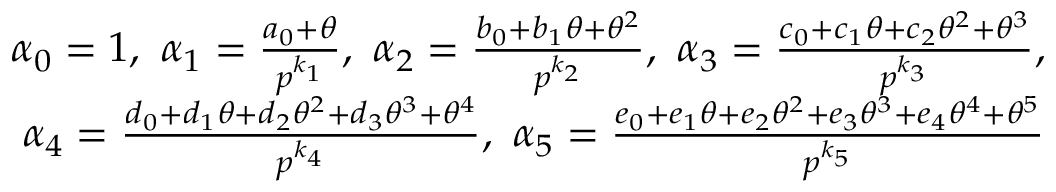
\begin{array} { r } { \alpha _ { 0 } = 1 , ~ \alpha _ { 1 } = \frac { a _ { 0 } + \theta } { p ^ { k _ { 1 } } } , ~ \alpha _ { 2 } = \frac { b _ { 0 } + b _ { 1 } \theta + \theta ^ { 2 } } { p ^ { k _ { 2 } } } , ~ \alpha _ { 3 } = \frac { c _ { 0 } + c _ { 1 } \theta + c _ { 2 } \theta ^ { 2 } + \theta ^ { 3 } } { p ^ { k _ { 3 } } } , } \\ { \alpha _ { 4 } = \frac { d _ { 0 } + d _ { 1 } \theta + d _ { 2 } \theta ^ { 2 } + d _ { 3 } \theta ^ { 3 } + \theta ^ { 4 } } { p ^ { k _ { 4 } } } , ~ \alpha _ { 5 } = \frac { e _ { 0 } + e _ { 1 } \theta + e _ { 2 } \theta ^ { 2 } + e _ { 3 } \theta ^ { 3 } + e _ { 4 } \theta ^ { 4 } + \theta ^ { 5 } } { p ^ { k _ { 5 } } } } \end{array}